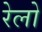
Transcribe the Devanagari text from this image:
रेलो